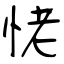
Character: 恅